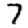
Digit: 7